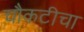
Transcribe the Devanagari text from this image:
चौकटीचा